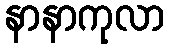
နာနာကုလာ